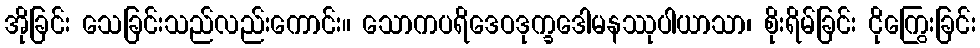
အိုခြင်း သေခြင်းသည်လည်းကောင်း။ သောကပရိဒေဝဒုက္ခဒေါမနဿုပါယာသာ၊ စိုးရိမ်ခြင်း ငိုကြွေးခြင်း